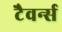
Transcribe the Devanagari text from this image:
टैवर्न्स